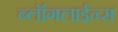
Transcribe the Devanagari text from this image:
ब्लॉगलाईन्स